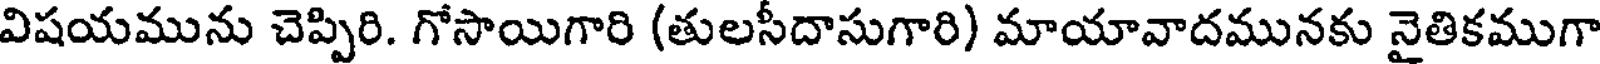
విషయమును చెప్పిరి. గోసాయిగారి (తులసీదాసుగారి) మాయావాదమునకు నైతికముగా